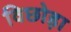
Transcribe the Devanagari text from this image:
विछोड़ा